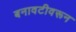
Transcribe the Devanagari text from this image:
बनावटीवरून